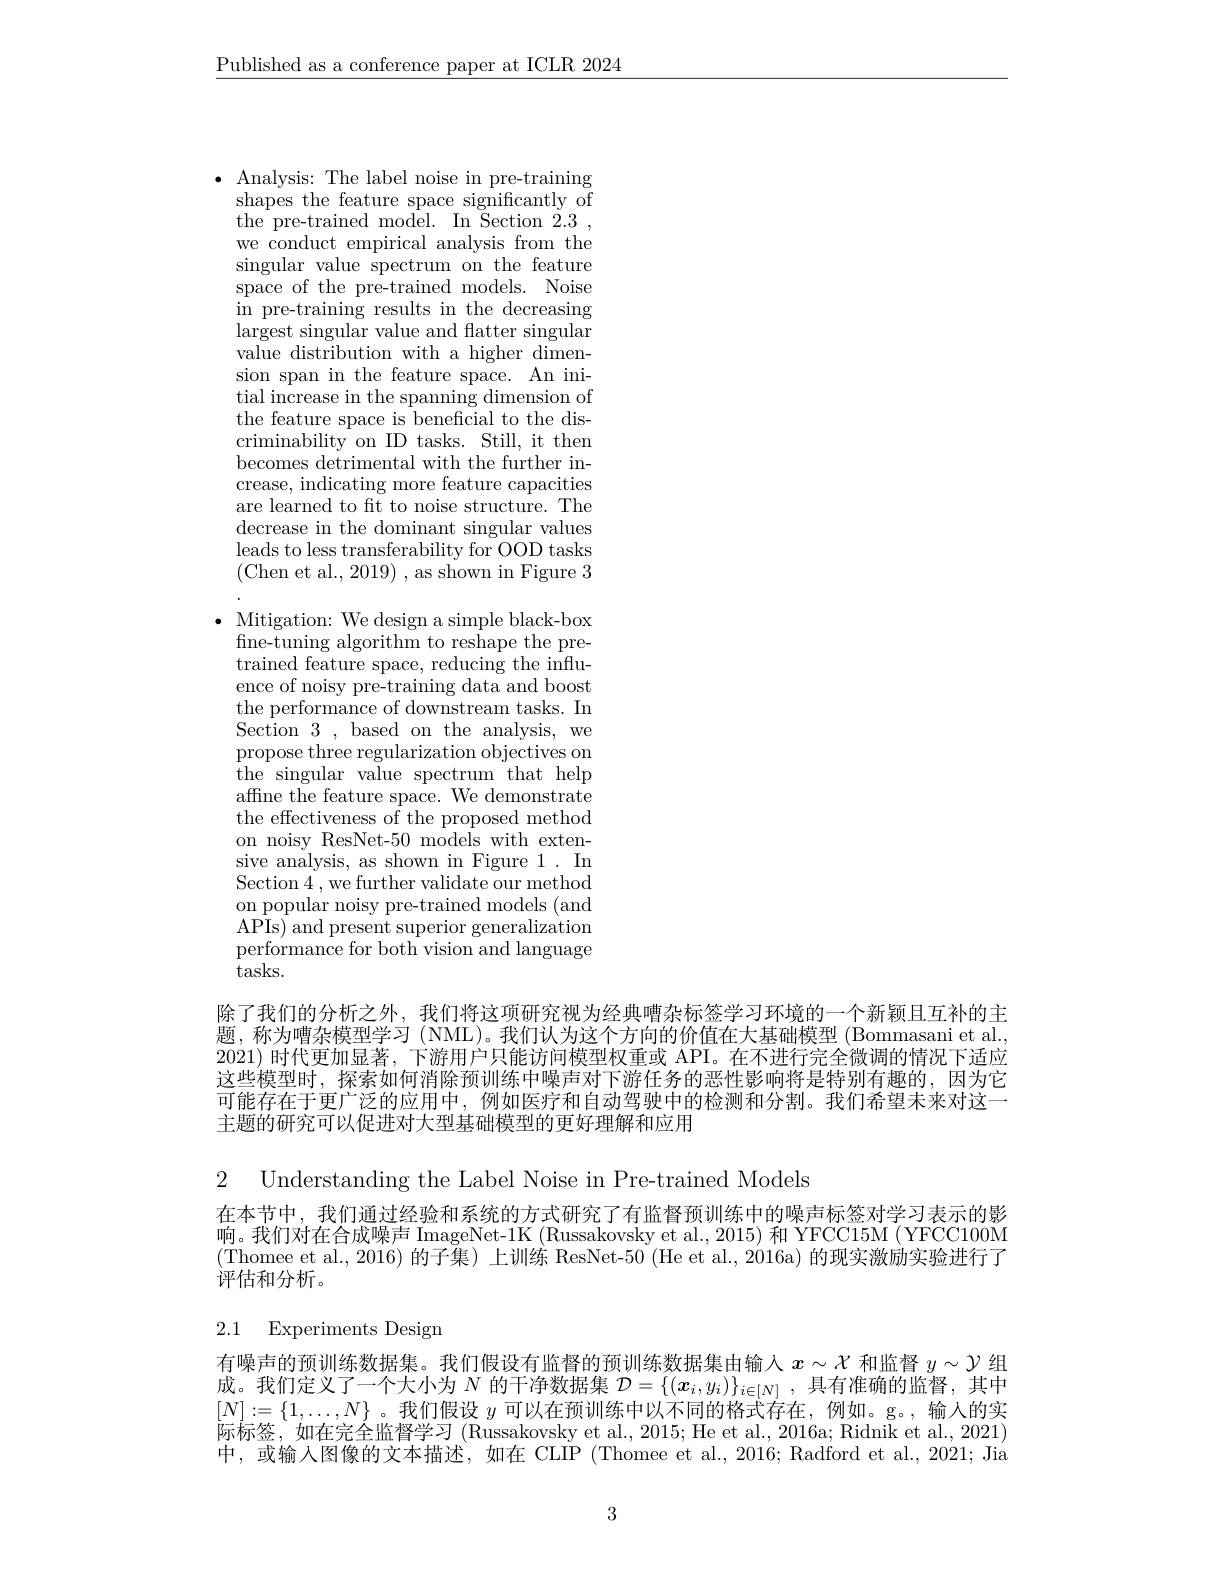
$\underline{\text{Published as a conference paper at ICLR 2024}}$

$\bullet$ Analysis: The label noise in pre-training
shapes the feature space significantly of the pre-trained model. In Section 2.3, we conduct empirical analysis from the singular value spectrum on the feature space of the pre-trained models. Noise in pre-training results in the decreasing largest singular value and flatter singular value distribution with a higher dimension span in the feature space. An initial increase in the spanning dimension of the feature space is beneficial to the discriminability on ID tasks. Still, it then becomes detrimental with the further increase, indicating more feature capacities are learned to ft to noise structure. The decrease in the dominant singular values leads to less transferability for OOD tasks (Chen et al., 2019) , as shown in Figure 3
$\bullet$ Mitigation: We design a simple black-box fine- tuning algorithm to reshape the pre- trained feature space, reducing the influence of noisy pre-training data and boost the performance of downstream tasks. In Section 3, based on the analysis, we propose three regularization objectives on the singular value spectrum that help affine the feature space. We demonstrate the effectiveness of the proposed method on noisy ResNet-50 models with extensive analysis, as shown in Figure 1. In Section 4,we further validate our method on popular noisy pre-trained models (and ${\mathrm{APIs)~and~present~superior~generalization}}$ performance for both vision and language tasks.
除了我们的分析之外，我们将这项研究视为经典嘈杂标签学习环境的一个新颖且互补的主

题，称为嘈杂模型学习 (NML)。我们认为这个方向的价值在大基础模型 (Bommasani et al., 2021)时代更加显著，下游用户只能访问模型权重或 API。在不进行完全微调的情况下适应这些模型时，探索如何消除预训练中噪声对下游任务的恶性影响将是特别有趣的，因为它可能存在于更广泛的应用中，例如医疗和自动驾驶中的检测和分割。我们希望未来对这一主题的研究可以促进对大型基础模型的更好理解和应用

2 Understanding the Label Noise in Pre-trained Models

在本节中，我们通过经验和系统的方式研究了有监督预训练中的噪声标签对学习表示的影响。我们对在合成噪声 ImageNet-1K (Russakovsky et al., 2015) 和 YFCC15M ( YFCC100M (Thomee et al.,2016)的子集)上训练 ResNet-50(He et al.,2016a) 的现实激励实验进行了评估和分析。

# 2.1 Experiments Design

有噪声的预训练数据集。我们假设有监督的预训练数据集由输人$x\sim\mathcal{X}$和监督$y\sim\mathcal{Y}$组成。我们定义了一个大小为$N$的干净数据集$\mathcal{D}=\{(\boldsymbol{x}_i,y_i)\}_{i\in[N]}$,具有准确的监督，其中$[N]:=\{1,\ldots,N\}$ 。我们假设$y$可以在预训练中以不同的格式存在，例如。g。,输人的实际标签，如在完全监督学习(Russakovsky et al., 2015; He et al., 2016a; Ridnik et al., 2021中，或输入图像的文本描述，如在 CLIP (Thomee et al., 2016; Radford et al., 2021; Jia

3